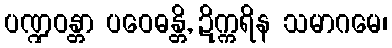
ပဏ္ဍဝန္တာ ပဝေဓန္တိ, ဍိက္ကရိန သမာဂမေ၊